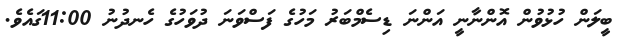
ބީލަން ހުޅުވުން އޮންނާނީ އަންނަ ޑިސެމްބަރު މަހުގެ ފަސްވަނަ ދުވަހުގެ ހެނދުނު 11:00ގައެވެ.